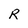
Character: R